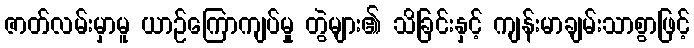
ဇာတ်လမ်းမှာမူ ယာဉ်ကြောကျပ်မှု တွဲများ၏ သိခြင်းနှင့် ကျန်းမာချမ်းသာစွာဖြင့်